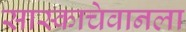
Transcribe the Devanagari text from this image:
सास्काचेवानला